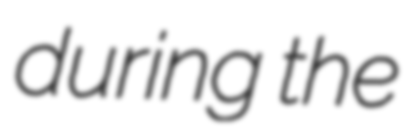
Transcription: during the